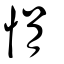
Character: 悁